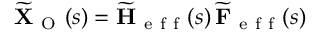
\widetilde { \mathbf { X } } _ { \mathrm { ~ O ~ } } ( s ) = \widetilde { \mathbf { H } } _ { \mathrm { ~ e ~ f ~ f ~ } } ( s ) \, \widetilde { \mathbf { F } } _ { \mathrm { ~ e ~ f ~ f ~ } } ( s )